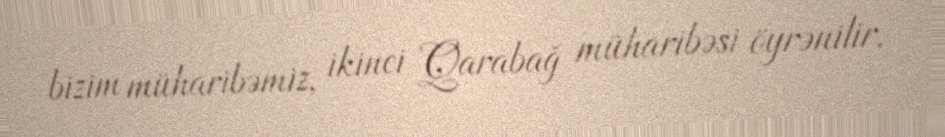
bizim müharibəmiz, ikinci Qarabağ müharibəsi öyrənilir.